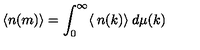
\langle n ( m ) \rangle = \int _ { 0 } ^ { \infty } \langle \: n ( k ) \rangle \: d \mu ( k )